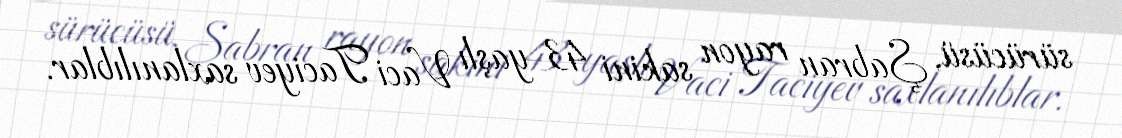
sürücüsü, Şabran rayon sakini 43 yaşlı Vaci Taciyev saxlanılıblar.